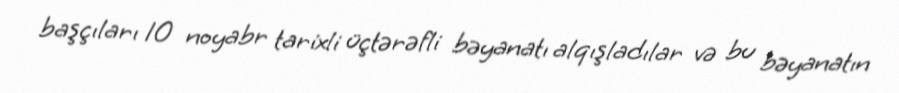
başçıları 10 noyabr tarixli üçtərəfli bəyanatı alqışladılar və bu bəyanatın